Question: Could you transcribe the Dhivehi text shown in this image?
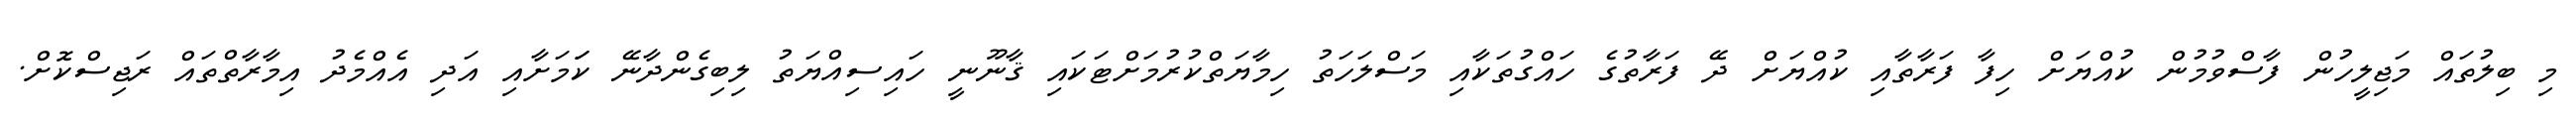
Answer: މި ބިލުތައް މަޖިލީހުން ފާސްވުމުން ކުއްޔަށް ހިފާ ފަރާތާއި ކުއްޔަށް ދޭ ފަރާތުގެ ހައްގުތަކާއި މަސްލަހަތު ހިމާޔަތްކުރުމަށްޓަކައި ޤާނޫނީ ހައިސިއްޔަތު ލިބިގެންދާނޭ ކަަމަށާއި އަދި އެއްމެދު އިމާރާތްތައް ރަޖިސްކޮށް.